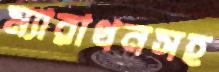
ম্যারাথনসহ